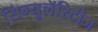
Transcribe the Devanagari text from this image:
सिंग्युलॅरिटीज